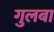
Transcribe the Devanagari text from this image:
गुलबा